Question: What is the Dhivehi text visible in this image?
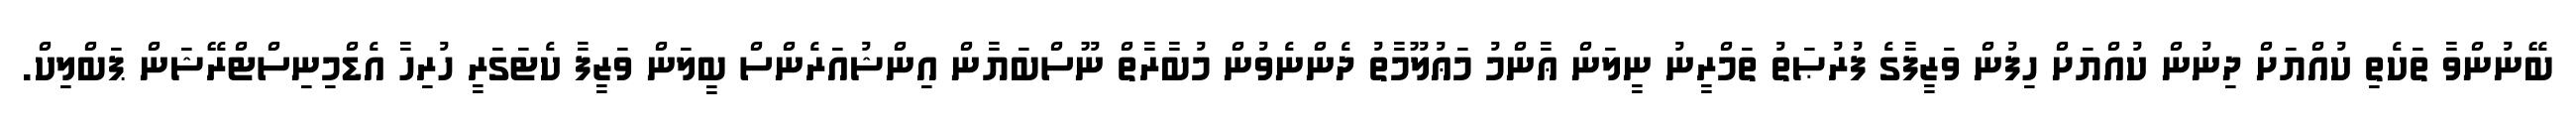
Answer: ބޭނުންވާ ތަކެތި ކުއްޔަށް ދިނުން ކުއްޔަށް ހިފުން ވަޒީފާގެ ފުރުޞަތު ތަމްރީނު ނީލަން ޢާންމު މަޢުލޫމާތު ދެންނެވުން މުބާރާތް ނޫސްބަޔާން އިންޝުއަރެންސް ބީލަން ވަޒީފާ ކެޓަގަރީ ހުރިހާ އެޑްމިނިސްޓްރޭޝަން ޕަބްލިކް.